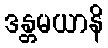
ဒန္တမယာနိ